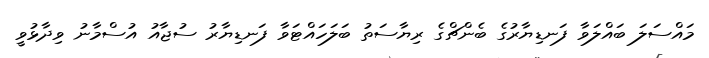
މައްސަލަ ބައްލަވާ ފަނޑިޔާރުގެ ބެންޗްގެ ރިޔާސަތު ބަލަހައްޓަވާ ފަނޑިޔާރު ސުޖާއު އުސްމާނު ވިދާޅުވީ